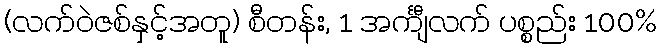
(လက်ဝဲဇစ်နှင့်အတူ) စီတန်း, 1 အင်္ကျီလက် ပစ္စည်း 100%